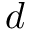
d